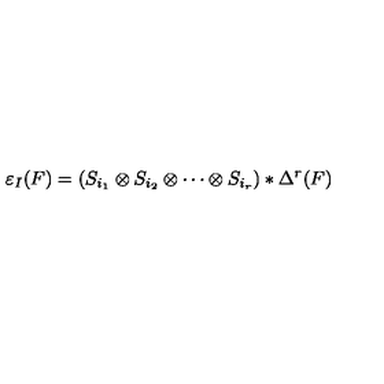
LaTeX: \varepsilon _ { I } ( F ) = ( S _ { i _ { 1 } } \otimes S _ { i _ { 2 } } \otimes \cdots \otimes S _ { i _ { r } } ) * \Delta ^ { r } ( F )